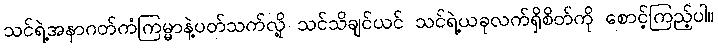
သင်ရဲ့အနာဂတ်ကံကြမ္မာနဲ့ပတ်သက်လို့ သင်သိချင်ယင် သင်ရဲ့ယခုလက်ရှိစိတ်ကို စောင့်ကြည့်ပါ။